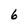
Character: 6